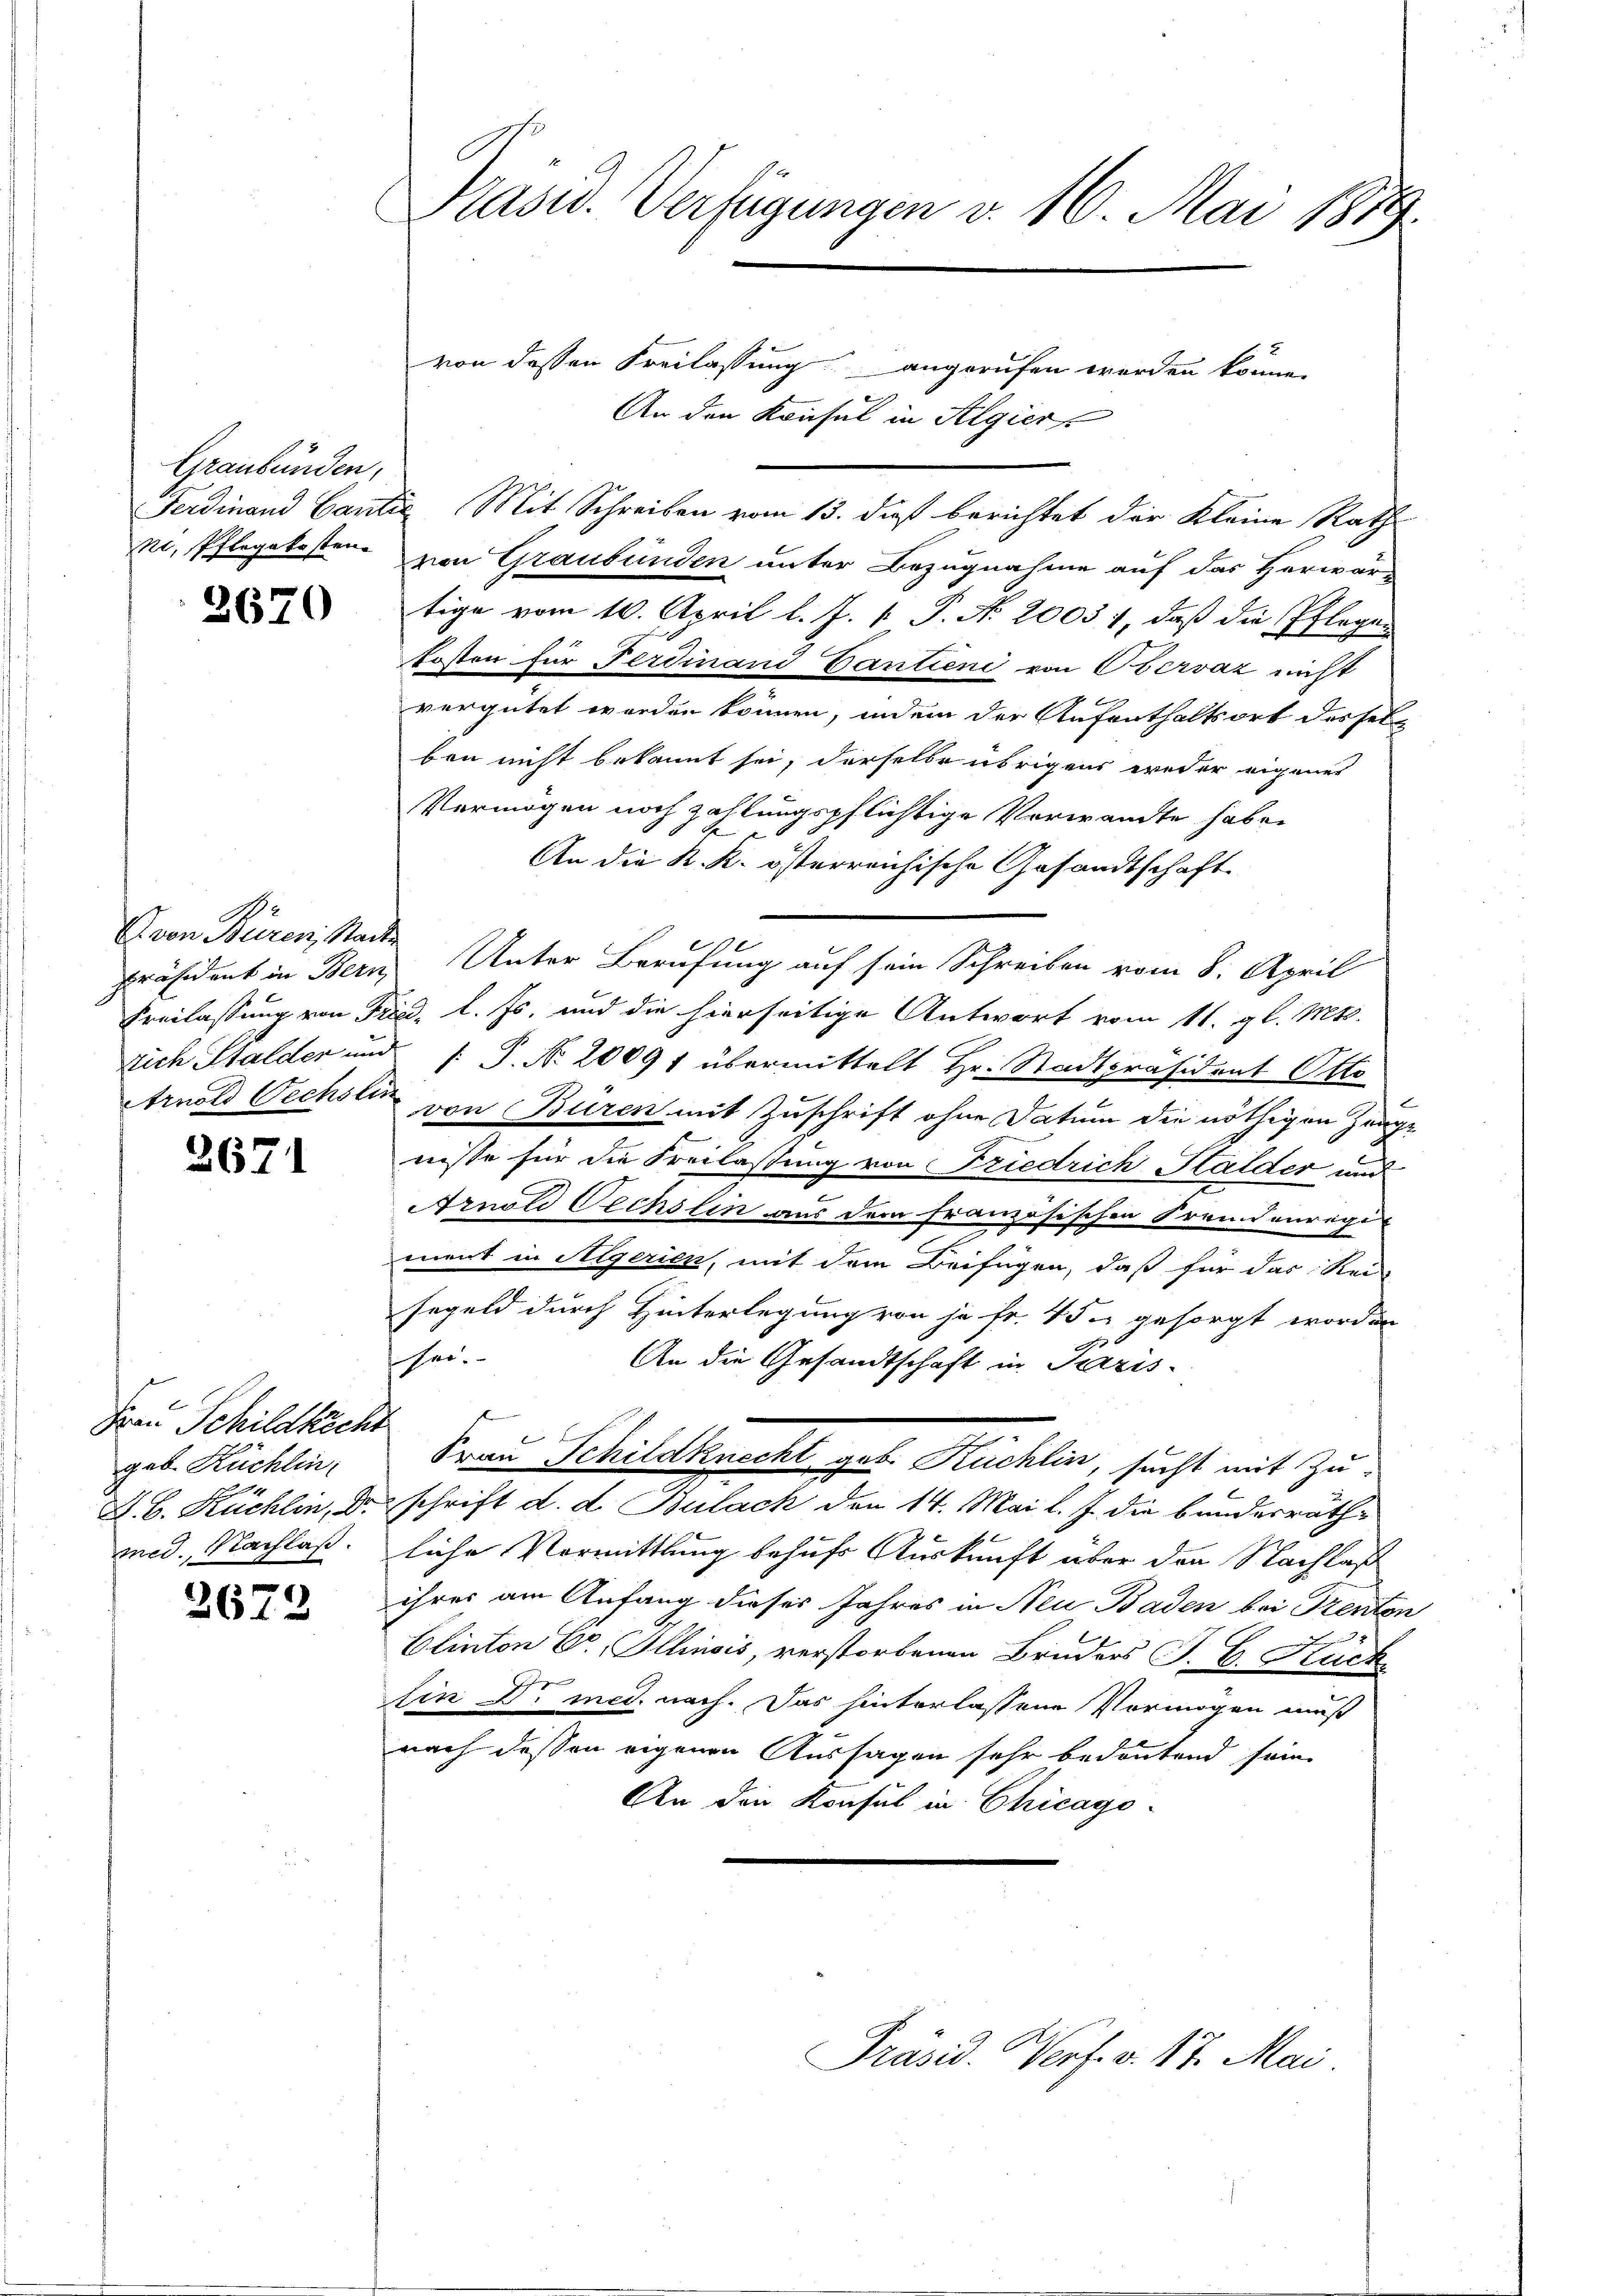
Graubünden,
ni, Pflegekosten

3670

3.
von Buren, Stadte

2671

Frau Schildkicht
geb. Kuchlin
D. B. Küchlin, Dr.
med. Nachlaß.

2672

Präsid. Verfügungen v. 16. Mai 1889.

von dessen Freilassung angerufen werden könne.
An den Konsul in Algier
Ferdinand Cantie Mit Schreiben vom 13. daß berichtet der Kleine Rath
von Graubünden unter Bezugnahme auf das Herwartige vom 10. April l. J. P. P. N. 2003. 1, daß die Pflegenkosten für Ferdinand Cantien von Obervaz nicht
vergütet werden können, indem der Aufenthaltsort dessel-
ben nicht bekannt sei, derselbe übrigens weder eigenes
Vermögen noch zahlungspflichtige Verwandte haben
E
F
An die K. K. österreichische Gesandtschaft
Präsident in Bern Unter Berufung auf sein Schreiben vom 8. April
Freilassung von Frau, l. Js. und die hierseitige Antwort vom 11. gl. Mts.
tich Stalder und S. Nr. 20091 übermittelt Hr. Stadtpräsident Otto
Arnold Wechsten von Buren mit Zuschrift ohne Datum die nöthigen Zeuge
nisse für die Freilassung von Friedrich Halder und
Arnold Oechsten aus dem französischen Fremdenregi
ment in Aegerien, mit dem Beifügen, daß für das Rei
segeld durch Hinterlegung von je fr. 45 u gesorgt worden
sei.
An die Gesandtschaft in Paris-
Frau Schildknecht geb. Kuchlin, sucht mit Zuschrift d. d. Bulach den 14. Mai l. J. die bundesräthe
liche Vormittlung behufs Auskunft über den Nachlaß
ihres am Anfang dieses Jahres in Neu Baden bei Trenten
Elinton Dr. Illinois, verstorbenen Bruders J. G. Kuch
Ein Dr med. nach. Das hinterlassene Vormögen muß
nach dessen eigenen Aussagen sehr bedeutend sein.
An die Konsul in Chicago-

Präsid. Verf. v. 117. Mai.